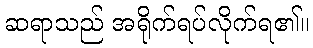
ဆရာသည် အရိုက်ရပ်လိုက်ရ၏။